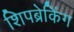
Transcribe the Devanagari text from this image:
शिपब्रेकिंग